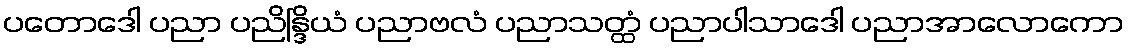
ပတောဒေါ ပညာ ပညိန္ဒြိယံ ပညာဗလံ ပညာသတ္ထံ ပညာပါသာဒေါ ပညာအာလောကော